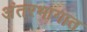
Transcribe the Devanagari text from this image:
अंतरभागात